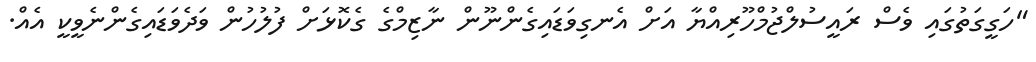
"ހަގީގަތުގައި ވެސް ރައީސުލްޖުމްހޫރިއްޔާ އަށް އެނގިވަޑައިގެންނޫން ނާޒިމްގެ ގެކޮޅަށް ފުލުހުން ވަދެވަޑައިގެންނެވީކީ އެއް.